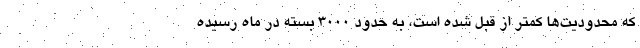
که محدودیت‌ها کمتر از قبل شده است، به حدود ۳۰۰۰ بسته در ماه رسیده